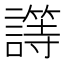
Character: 𰵈